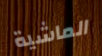
الماشية